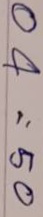
04 = 50